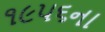
૧૯૫૬ના